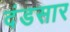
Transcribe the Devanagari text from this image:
दंडसार